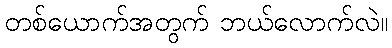
တစ်ယောက်အတွက် ဘယ်လောက်လဲ။